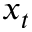
x _ { t }